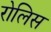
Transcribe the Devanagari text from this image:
रोलिस